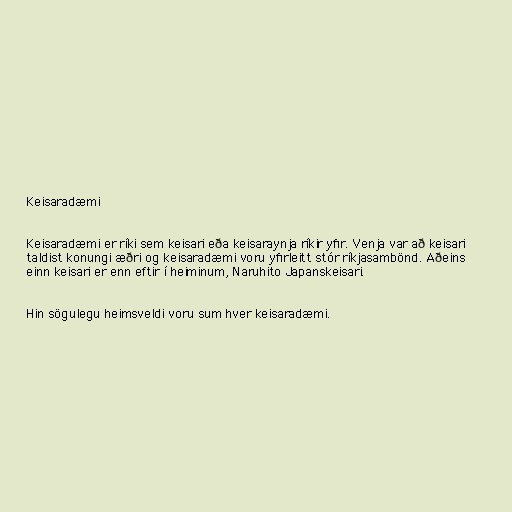
Keisaradæmi

Keisaradæmi er ríki sem keisari eða keisaraynja ríkir yfir. Venja var að keisari
taldist konungi æðri og keisaradæmi voru yfirleitt stór ríkjasambönd. Aðeins
einn keisari er enn eftir í heiminum, Naruhito Japanskeisari.

Hin sögulegu heimsveldi voru sum hver keisaradæmi.